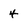
Character: 4